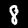
Label: 8